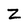
Character: Z